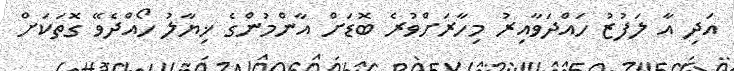
އަދި އާ ލަފުޒު ހައްދަވާއިރު މިހާރަށްވުރެ ބޮޑަށް އާންމުންގެ ޚިޔާލު ހޯއްދެވޭ ގޮތަކަށް